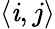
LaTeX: \left\langle\mathit{i},j\right\rangle